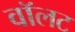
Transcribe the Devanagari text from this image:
वॉलट